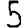
Digit: 5